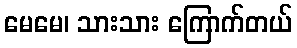
မေမေ၊ သားသား ကြောက်တယ်